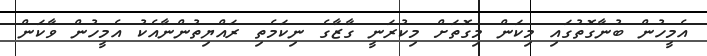
އެމީހުން ބުނާގޮތުގައި މިކަން މިގޮތަށް މިކުރަނީ ގާޒާގެ ނިކަމެތި ރައްޔިތުންނާއެކު އެމީހުން ވާކަން